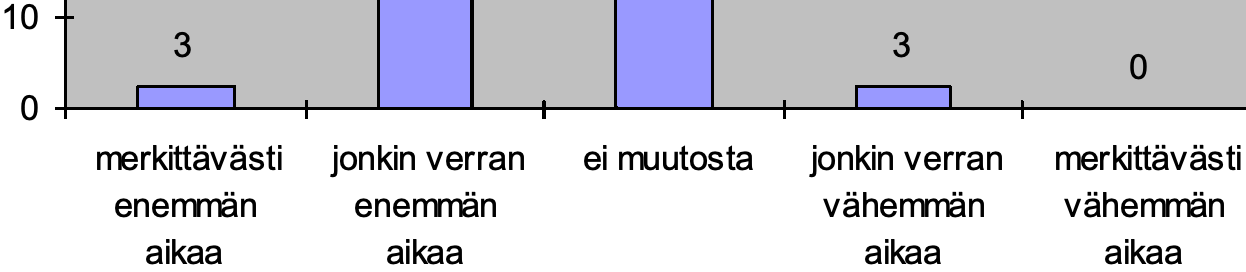
10 3                       3 0 0 merkittävästi jonkin verran ei muutosta jonkin verran merkittävästi enemmän enemmän         vähemmän vähemmän aikaa   aikaa           aikaa   aikaa